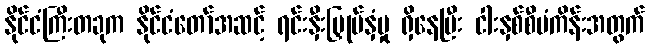
နိုင်ငံကြီးတခုက နိုင်ငံတော်အဆင့် ရင်းနှီးမြှုပ်နှံမှု ရှိနေပြီး ငါးနှစ်စီမံကိန်းအတွက်